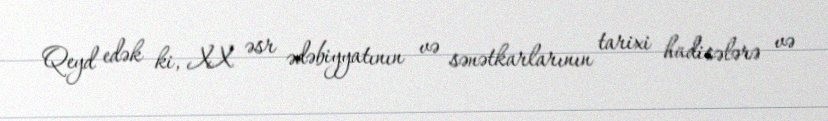
Qeyd edək ki, XX əsr ədəbiyyatının və sənətkarlarının tarixi hadisələrə və